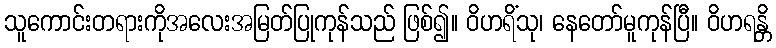
သူကောင်းတရားကိုအလေးအမြတ်ပြုကုန်သည် ဖြစ်၍။ ဝိဟရိံသု၊ နေတော်မူကုန်ပြီ။ ဝိဟရန္တိ